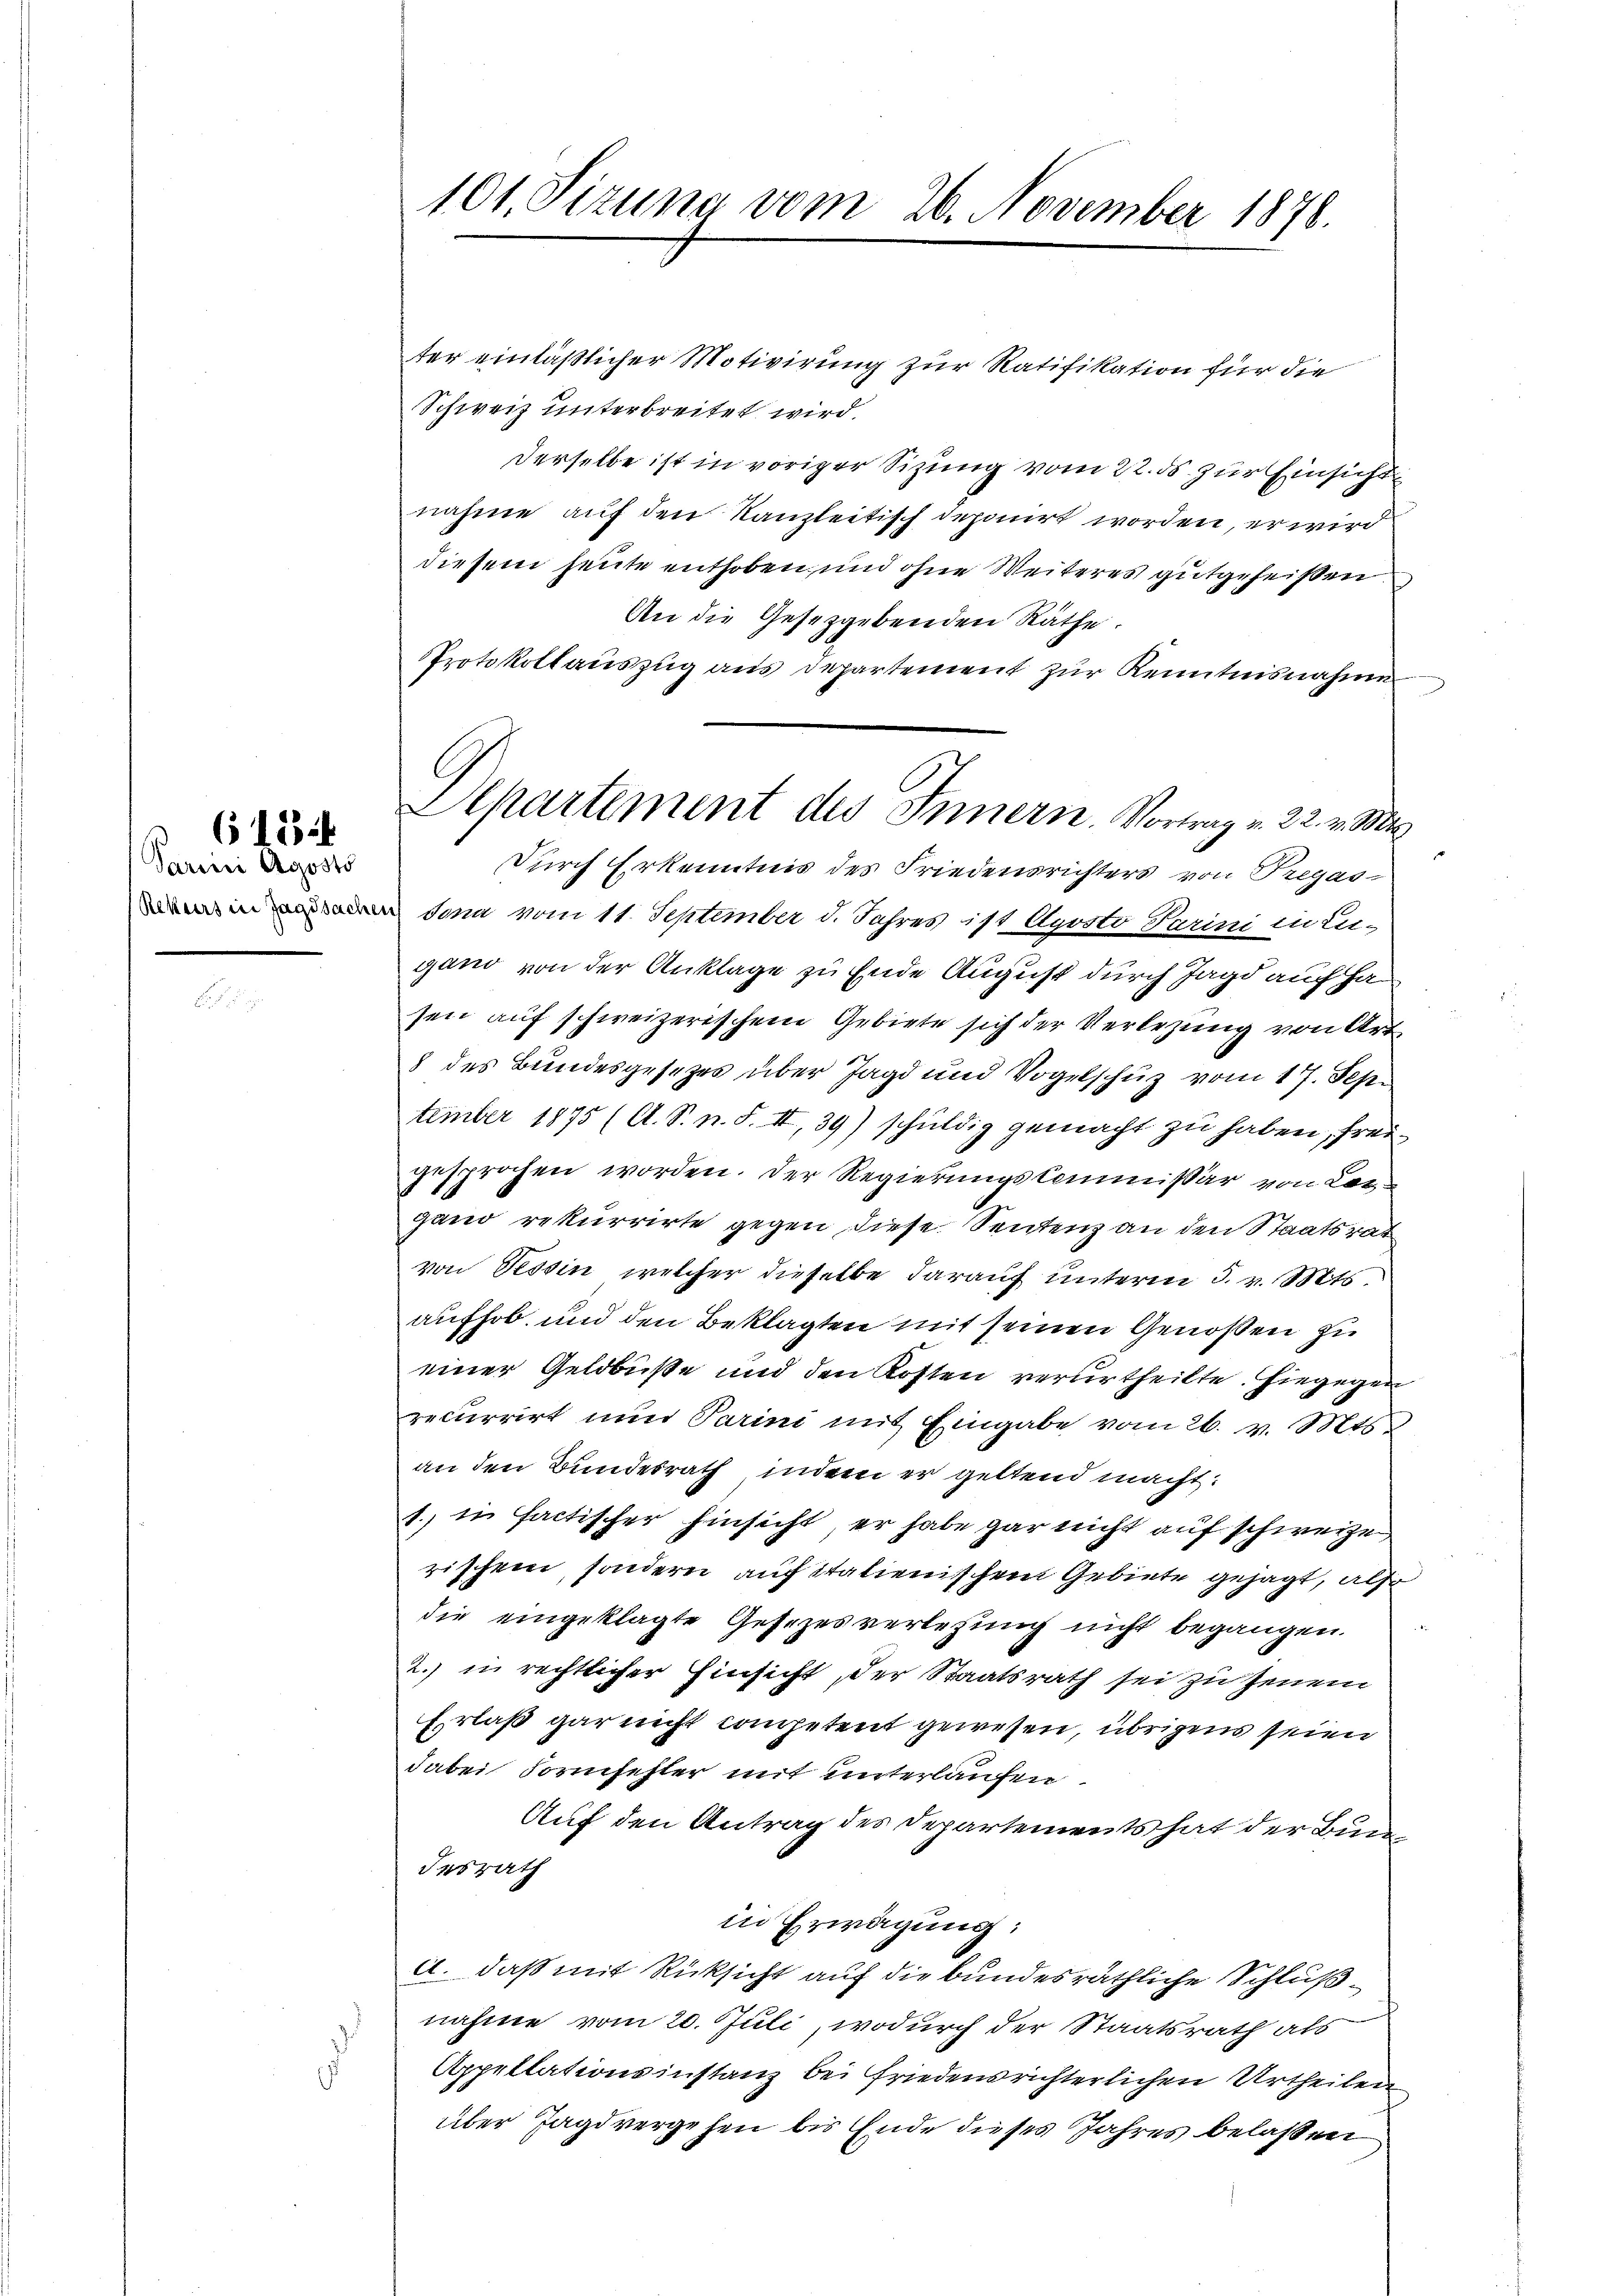
Parini Agosto

6184

101. Sizung vom 26. November 1878.

ter einläßlicher Motivirung zur Ratifikation für die
Schweiz unterbreitet wird.
Derselbe ist in voriger Sitzung vom 22. ds. zur Einsicht
nahme auf den Kanzleitisch deponirt worden, er wird
diesem heute enthoben und ohne Weiteres gutgeheißen
An die Gesetzgebenden Räthe.
Protokollauszug aus Departement zur Kenntnisnahme
durch Erkenntnis des Friedensrichters von Tregas-
en in Jona vom 11. September d. Jahres ist Aposto Parini in Lu-
gano von der Anklage zu Ende August durch Jagd auch ha
sen auf schweizerischem Gebiete sich der Verlegung von Art
8 des Bundesgesetzes über Jagd und Vogelschuz vom 17. Sep
tember 1875 (A. S. n. F. II, 39) schuldig gemacht zu haben, freigesprochen worden. Der Regierungskommissär von Congano rekurrirte gegen, diese Sentenz an den Staatsrat
von Tessin, welcher dieselbe darauf unterm 3. v. Mts.
aufhob, und den Beklagten mit seinen Genossen zu
einer Geldbuße und den Kosten verurtheilte. Hiegegen
recurrirt nun Parini mit Eingabe vom 26. v. Mts.
an den Bundesrath, indem er geltend macht:
1. in factischer hinsicht, er habe gar nicht auf schweize,
rischen, sondern auf italienischem Gebiete gesagt, also
die eingeklagte Gesezesverlesung nicht begangen.
2. in rechtlicher Einsicht, der Staatsrath sei zu jenem
Erlaß gar nicht competent gewesen, übrigens seien
dabei Formfehler mit unterlaufen.
Auf den Antrag des Departements hat der Bun
desrath
in Erwägung:
A. daß mit Rücksicht auf die bundesräthliche Schlußnahme vom 20. Juli, wodurch der Staatsrath als
Appellationsinstanz bei friedensrichterlichen Urtheilen
über Jagd vergehen bis Ende dieses Jahres belassen

Departement des Innern. Vortrag v. 22. v. Mts.